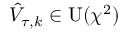
\hat { V } _ { \tau , k } \in \operatorname { U } ( \chi ^ { 2 } )